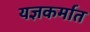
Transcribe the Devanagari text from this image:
यज्ञकर्मात